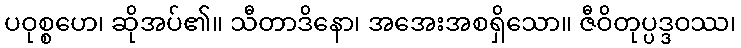
ပဝုစ္စဟေ၊ ဆိုအပ်၏။ သီတာဒိနော၊ အအေးအစရှိသော။ ဇီဝိတုပ္ပဒ္ဒဝဿ၊